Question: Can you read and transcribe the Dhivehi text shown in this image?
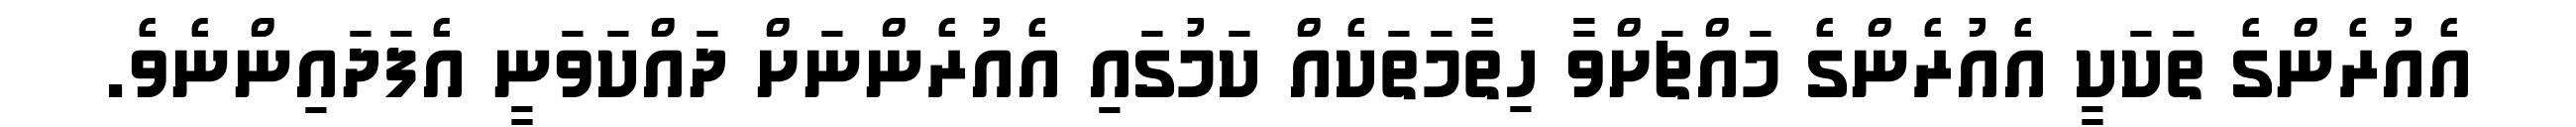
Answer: އެއުރެންގެ ތަކަކީ އެއުރެންގެ މައްޗަށްވާ ހިތާމަތަކެއް ކަމުގައި އެއުރެންނަށް ދައްކަވަނީ އެފަދައިންނެވެ.